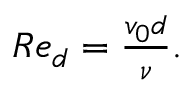
\begin{array} { r } { R e _ { d } = \frac { v _ { 0 } d } { \nu } . } \end{array}